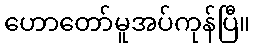
ဟောတော်မူအပ်ကုန်ပြီ။